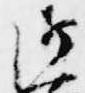
御